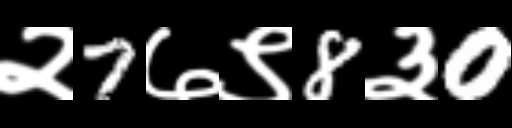
Text: २7७९8३0